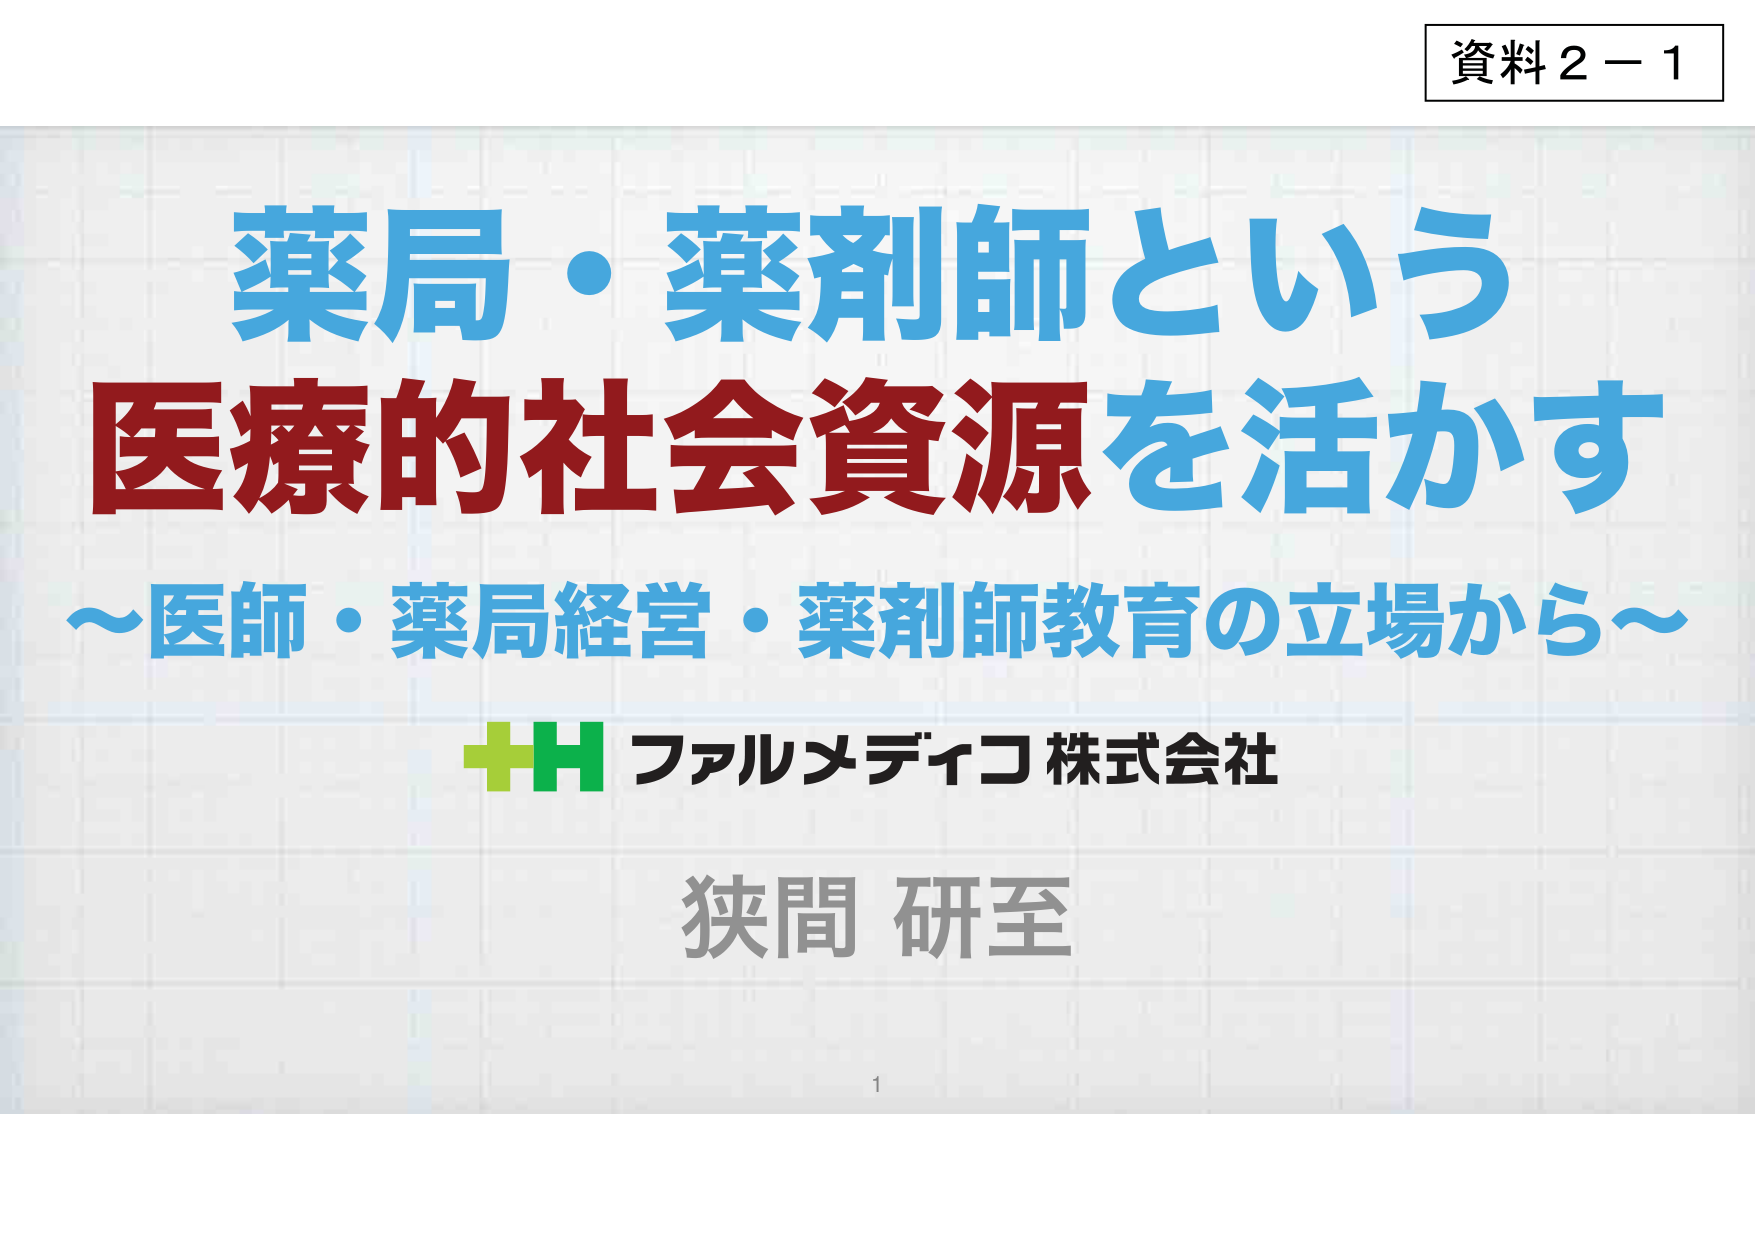
資料２－１

薬局・薬剤師という
医療的社会資源を活かす
～医師・薬局経営・薬剤師教育の立場から～

＋H ファルメディコ株式会社
狭間 研至

1